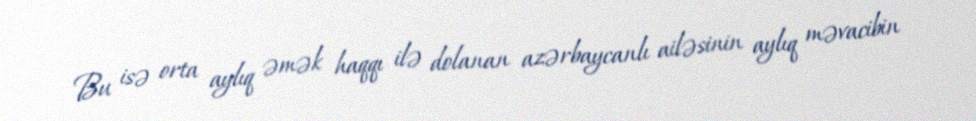
Bu isə orta aylıq əmək haqqı ilə dolanan azərbaycanlı ailəsinin aylıq məvacibin